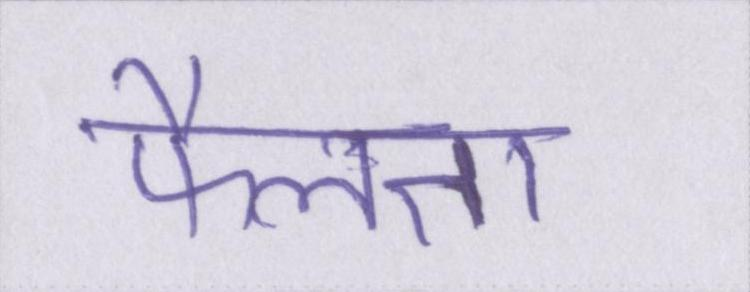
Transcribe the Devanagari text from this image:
फैलता